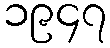
၁၉၄၇